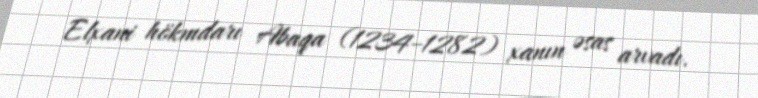
Elxani hökmdarı Abaqa (1234–1282) xanın əsas arvadı.